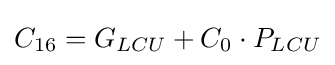
C_{16}=G_{LCU}+C_{0}\cdot P_{LCU}